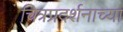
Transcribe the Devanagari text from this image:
चित्रप्रदर्शनाच्या